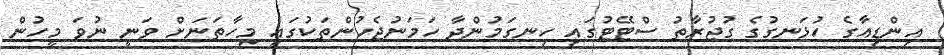
އިންޑިއާގެ ހުޅަނގުގެ ގުޖުރާތު ސްޓޭޓުގައި ހިނގަމުންދާ ހަމަނުޖެހުންތަކުގައި މިހާތަނަށް ވަނީ ނުވަ މީހުން